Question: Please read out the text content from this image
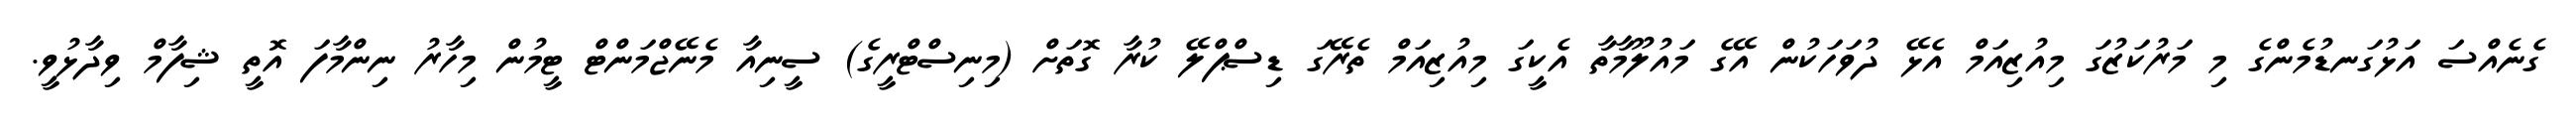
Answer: ގެނެއްސަ އަޅުގަނޑުމެންގެ މި މަރުކަޒުގަ މިއުޒިއަމް އެޅޭ ދުވަހަކުން އޭގެ މައުލޫމާތާ އެކީގަ މިއުޒިއަމް ތެރޭގަ ޑިސްޕްލޭ ކުރާ ގޮތަށް (މިނިސްޓްރީގެ) ސީނިއާ މެނޭޖްމަންޓް ޓީމުން މިހާރު ނިންމާފަ އޮތީ ޝިފާމް ވިދާޅުވީ.